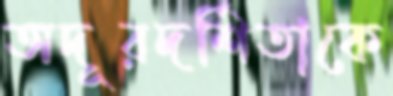
অদূরদর্শিতাকে